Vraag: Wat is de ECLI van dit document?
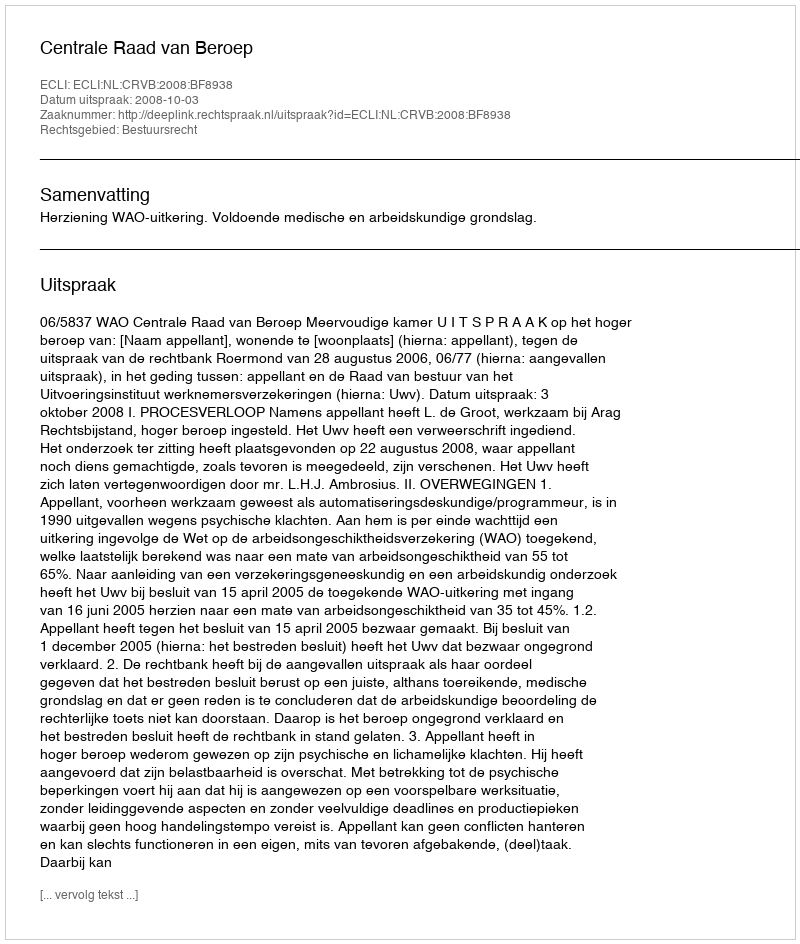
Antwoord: ECLI:NL:CRVB:2008:BF8938